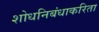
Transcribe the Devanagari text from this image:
शोधनिबंधाकरिता